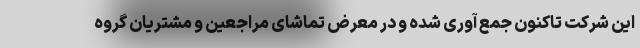
این شرکت تاکنون جمع آوری شده و در معرض تماشای مراجعین و مشتریان گروه